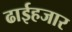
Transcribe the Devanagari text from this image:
ढाईहजार